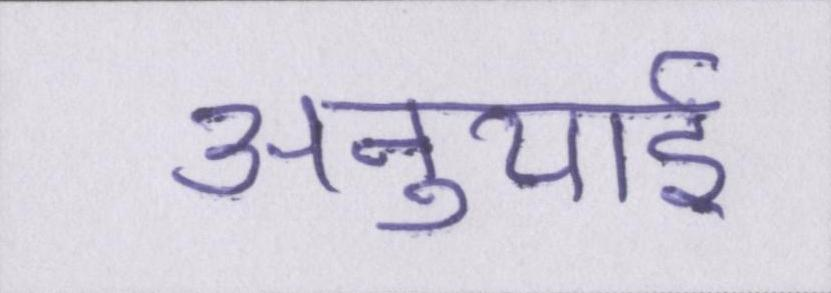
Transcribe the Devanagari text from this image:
अनुयाई